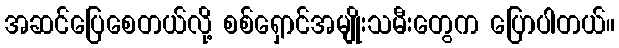
အဆင်ပြေစေတယ်လို့ စစ်ရှောင်အမျိုးသမီးတွေက ပြောပါတယ်။